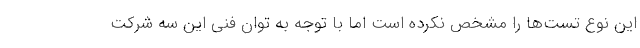
این نوع تست‌ها را مشخص نکرده است اما با توجه به توان فنی این سه شرکت